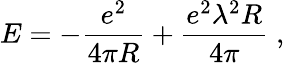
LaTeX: E=-\frac{e^{2}}{4\pi R}+\frac{e^{2}\lambda^{2}R}{4\pi}\; ,